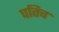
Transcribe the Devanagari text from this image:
पतिच